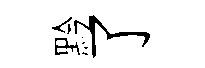
黔了